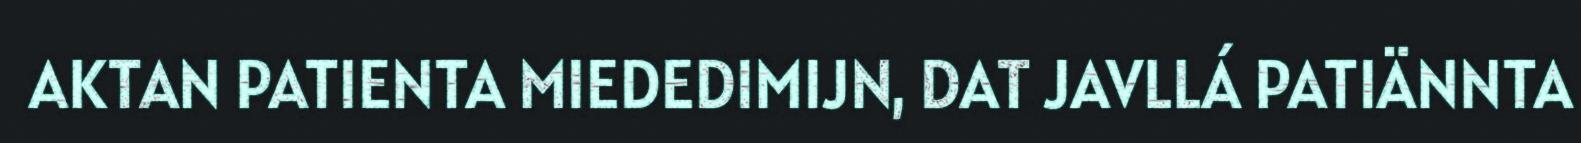
AKTAN PATIENTA MIEDEDIMIJN, DAT JAVLLÁ PATIÄNNTA